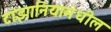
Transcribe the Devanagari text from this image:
टांझानियामधील